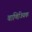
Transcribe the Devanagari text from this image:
वाणिज्यिक